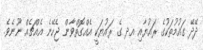
ދޭދޭ ގައުމުތަކުގެ ރައުޔާއި އދ ގެ ރައުޔަކީ އެއްގޮތްވާން ޖެހޭނެ އެއްޗެއް ނޫނެވެ.